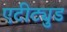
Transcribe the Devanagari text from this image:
एटीट्युड